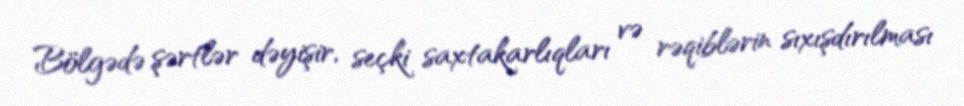
Bölgədə şərtlər dəyişir, seçki saxtakarlıqları və rəqiblərin sıxışdırılması